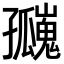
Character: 𪧄